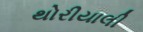
થોરીયાલી